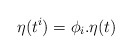
\begin{align*}\eta(t^i)=\phi_i.\eta(t)\end{align*}